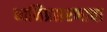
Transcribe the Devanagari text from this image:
ध्वनिप्रसरणाचा